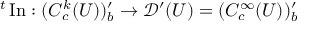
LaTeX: { } ^ { t } \operatorname { I n } : ( C _ { c } ^ { k } ( U ) ) _ { b } ^ { \prime } \to { \mathcal { D } } ^ { \prime } ( U ) = ( C _ { c } ^ { \infty } ( U ) ) _ { b } ^ { \prime }